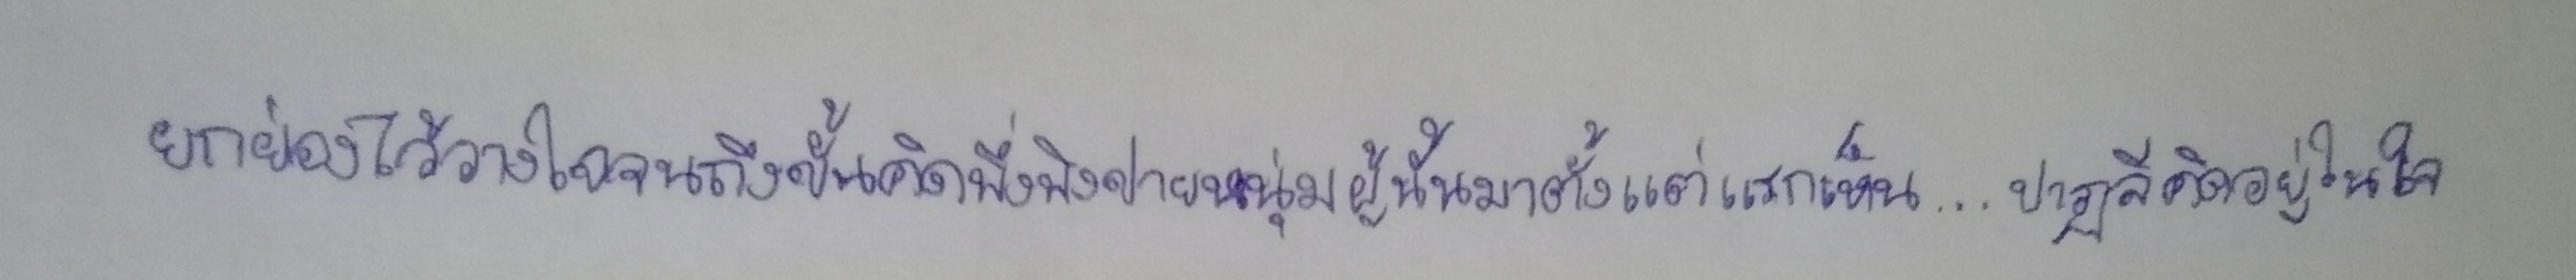
ยกย่องไว้วางใจจนถึงขั้นคิดพึ่งพิงชายหนุ่มผู้นั้นมาตั้งแต่แรกเห็น...ปาฏลีคิดอยู่ในใจ